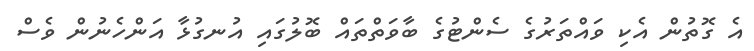
އެ ގޮތުން އެކި ވައްތަރުގެ ސެންޓުގެ ބާވަތްތައް ބޮލުގައި އުނގުޅާ އަންހެނުން ވެސް